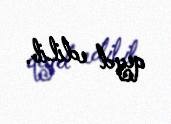
qeyd edilib.